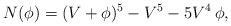
LaTeX: \begin{align*}N(\phi)=(V+\phi)^5-V^5-5V^4\,\phi,\end{align*}